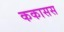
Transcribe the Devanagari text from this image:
ककासस